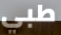
طبي